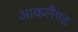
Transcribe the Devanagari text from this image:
आकलैण्ड